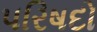
પરિષદો